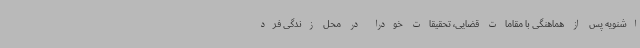
اشنویه پس از هماهنگی با مقامات قضایی، تحقیقات خودرا در محل زندگی فرد